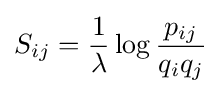
S_{ij}={\frac {1}{\lambda }}\log {\frac {p_{ij}}{q_{i}q_{j}}}